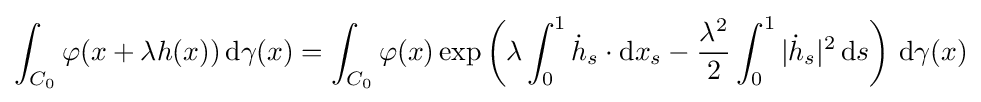
\int _{C_{0}}\varphi (x+\lambda h(x))\,\mathrm {d} \gamma (x)=\int _{C_{0}}\varphi (x)\exp \left(\lambda \int _{0}^{1}{\dot {h}}_{s}\cdot \mathrm {d} x_{s}-{\frac {\lambda ^{2}}{2}}\int _{0}^{1}|{\dot {h}}_{s}|^{2}\,\mathrm {d} s\right)\,\mathrm {d} \gamma (x)